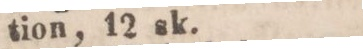
tion, 12 sk.